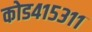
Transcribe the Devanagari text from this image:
कोड४१५३११